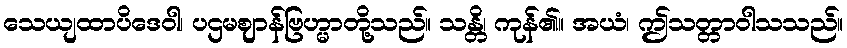
သေယျထာပိဒေဝါ၊ ပဌမဈာန်ဗြဟ္မာတို့သည်။ သန္တိ၊ ကုန်၏။ အယံ၊ ဤသတ္တာဝါသသည်။